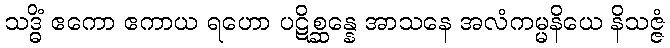
သဒ္ဓိံ ဧကော ဧကာယ ရဟော ပဋိစ္ဆန္နေ အာသနေ အလံကမ္မနိယေ နိသဇ္ဇံ